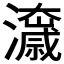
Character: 𭳟